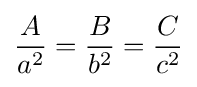
{\frac {A}{a^{2}}}={\frac {B}{b^{2}}}={\frac {C}{c^{2}}}